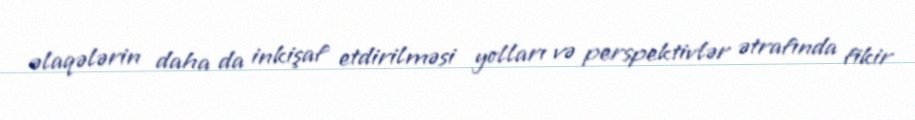
əlaqələrin daha da inkişaf etdirilməsi yolları və perspektivlər ətrafında fikir